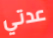
عدتي